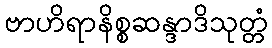
ဗာဟိရာနိစ္စဆန္ဒာဒိသုတ္တံ